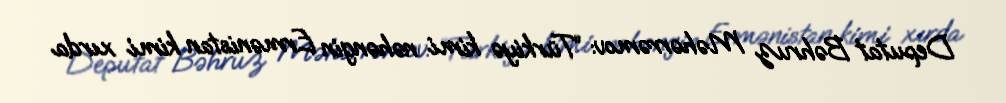
Deputat Bəhruz Məhərrəmov: “Türkiyə kimi nəhəngin Ermənistan kimi xırda